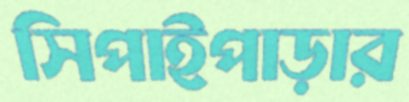
সিপাইপাড়ার